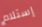
إستلام